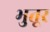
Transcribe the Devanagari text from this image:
भुतूर